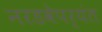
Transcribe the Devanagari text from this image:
नरडवेपर्यंत